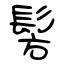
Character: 髣